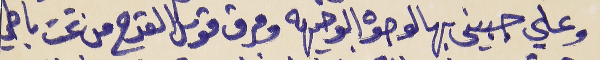
وعلى جبيني بهالوجوه الوجيهه     ومرق قوس القدح من تحت باطي